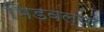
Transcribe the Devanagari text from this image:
भिडवल्या